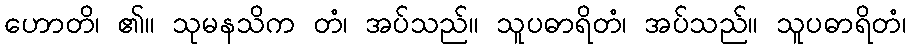
ဟောတိ၊ ၏။ သုမနသိက တံ၊ အပ်သည်။ သူပဓာရိတံ၊ အပ်သည်။ သူပဓာရိတံ၊